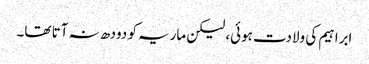
ابراہیم کی ولادت ہوئی، لیکن ماریہ کو دودھ نہ آتا تھا۔